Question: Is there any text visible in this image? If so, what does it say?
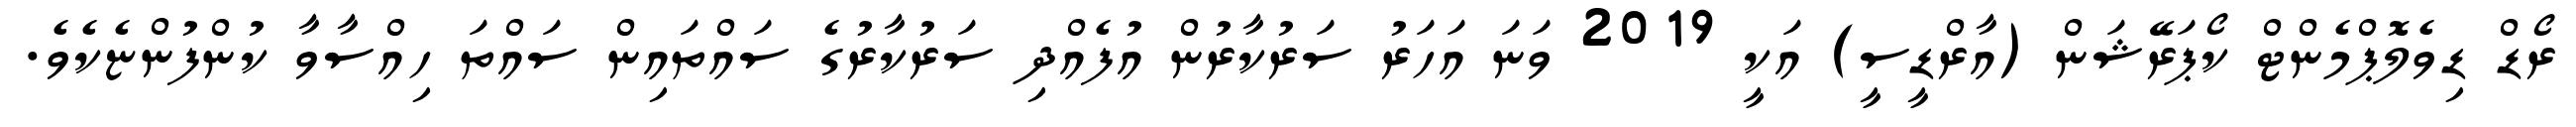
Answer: ރޯޑް ޑިވެލޮޕްމެންޓް ކޯޕަރޭޝަން (އާރްޑީސީ) އަކީ 2019 ވަނަ އަހަރު ސަރުކާރުން އުފެއްދި ސަރުކާރުގެ ސައްތައިން ސައްތަ ހިއްސާވާ ކުންފުންޏެކެވެ.